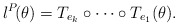
\begin{align*} \l^P\!(\theta) & = T_{e_k}\circ\cdots\circ T_{e_1}(\theta).\end{align*}